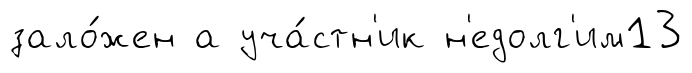
зало́жен а уча́стн'ик н'едолг'им13